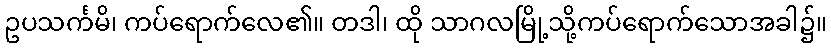
ဥပသင်္ကမိ၊ ကပ်ရောက်လေ၏။ တဒါ၊ ထို သာဂလမြို့သို့ကပ်ရောက်သောအခါ၌။